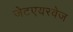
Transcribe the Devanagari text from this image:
जेटएयरवेज